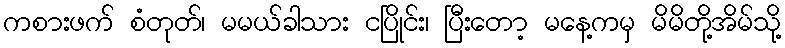
ကစားဖက် စံတုတ်၊ မမယ်ခါသား ငပြိုင်း၊ ပြီးတော့ မနေ့ကမှ မိမိတို့အိမ်သို့